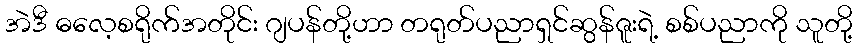
အဲဒီ ဓလေ့စရိုက်အတိုင်း ဂျပန်တို့ဟာ တရုတ်ပညာရှင်ဆွန်ဇူးရဲ့ စစ်ပညာကို သူတို့